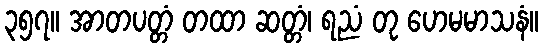
၃၅၇။ အာတပတ္တံ တထာ ဆတ္တံ၊ ရညံ တု ဟေမမာသနံ။